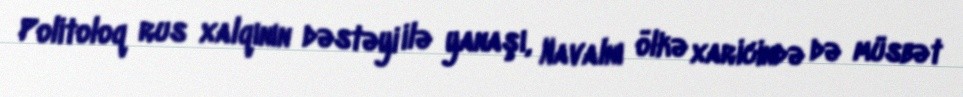
Politoloq rus xalqının dəstəyi ilə yanaşı, Navalnı ölkə xaricində də müsbət